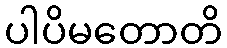
ပါပိမတောတိ